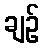
ချဉ်